Annual report of the Punjab Veterinary College and of the Civil Veterinary Department, Punjab - 1909-1919
Year: 1909
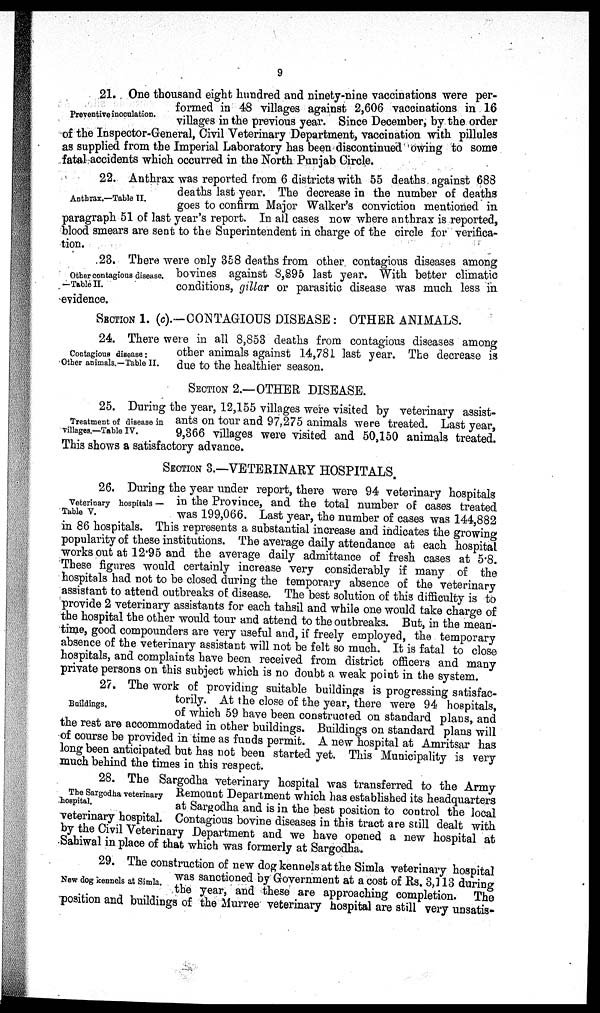
9
Preventive inoculation.
21. One thousand eight hundred and ninety-nine vaccinations were per-
formed in 48 villages against 2,606 vaccinations in 16
villages in the previous year. Since December, by the order
of the Inspector-General, Civil Veterinary Department, vaccination with pillules
as supplied from the Imperial Laboratory has been discontinued owing to some
fatal accidents which occurred in the North Punjab Circle.
Anthrax.—Table II.
22. Anthrax was reported from 6 districts with 55 deaths against 688
deaths last year. The decrease in the number of deaths
goes to confirm Major Walker's conviction mentioned in
paragraph 51 of last year's report. In all cases now where anthrax is reported,
blood smears are sent to the Superintendent in charge of the circle for verifica-
tion.
Other contagious disease.
—Table II.
23. There were only 358 deaths from other contagious diseases among
bovines against 8,895 last year. With better climatic
conditions, gillar or parasitic disease was much less in
evidence.
SECTION 1. (c).—CONTAGIOUS DISEASE : OTHER ANIMALS.
Contagious disease:
Other animals.—Table II.
24. There were in all 8,853 deaths from contagious diseases among
other animals against 14,781 last year. The decrease is
due to the healthier season.
SECTION 2.—OTHER DISEASE.
Treatment of disease in
villages.—Table IV.
25. During the year, 12,155 villages were visited by veterinary assist-
ants on tour and 97,275 animals were treated. Last year,
9,366 villages were visited and 50,150 animals treated.
This shows a satisfactory advance.
SECTION 3.—VETERINARY HOSPITALS.
Veterinary hospitals —
Table V.
26. During the year under report, there were 94 veterinary hospitals
in the Province, and the total number of cases treated
was 199,066. Last year, the number of cases was 144,882
in 86 hospitals. This represents a substantial increase and indicates the growing
popularity of these institutions. The average daily attendance at each hospital
works out at 12.95 and the average daily admittance of fresh cases at 5.8.
These figures would certainly increase very considerably if many of the
hospitals had not to be closed during the temporary absence of the veterinary
assistant to attend outbreaks of disease. The best solution of this difficulty is to
provide 2 veterinary assistants for each tahsil and while one would take charge of
the hospital the other would tour and attend to the outbreaks. But, in the mean-
time, good compounders are very useful and, if freely employed, the temporary
absence of the veterinary assistant will not be felt so much. It is fatal to close
hospitals, and complaints have been received from district officers and many
private persons on this subject which is no doubt a weak point in the system.
Buildings.
27. The work of providing suitable buildings is progressing satisfac-
torily. At the close of the year, there were 94 hospitals,
of which 59 have been constructed on standard plans, and
the rest are accommodated in other buildings. Buildings on standard plans will
of course be provided in time as funds permit. A new hospital at Amritsar has
long been anticipated but has not been started yet. This Municipality is very
much behind the times in this respect.
The Sargodha veterinary
hospital.
28. The Sargodha veterinary hospital was transferred to the Army
Remount Department which has established its headquarters
at Sargodha and is in the best position to control the local
veterinary hospital. Contagious bovine diseases in this tract are still dealt with
by the Civil Veterinary Department and we have opened a new hospital at
Sahiwal in place of that which was formerly at Sargodha.
New dog kennels at Simla.
29. The construction of new dog kennels at the Simla veterinary hospital
was sanctioned by Government at a cost of Rs. 3,113 during
the year, and these are approaching completion. The
position and buildings of the Murree veterinary hospital are still very unsatis-